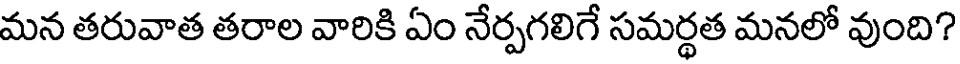
మన తరువాత తరాల వారికి ఏం నేర్పగలిగే సమర్థత మనలో వుంది?